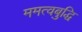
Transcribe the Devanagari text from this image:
ममत्वबुद्धि